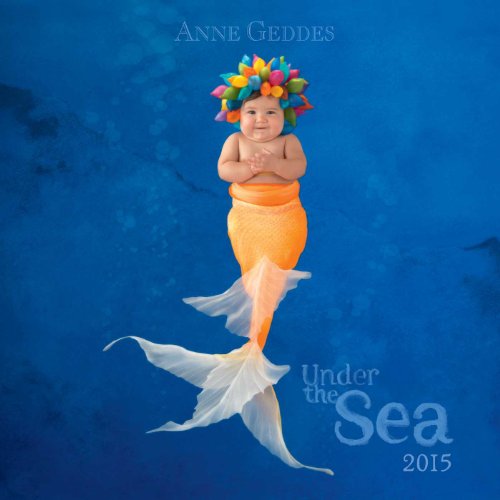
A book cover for Anne Geddes 2015 Wall Calendar: Under the Sea; Anne Geddes; Arts & Photography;